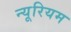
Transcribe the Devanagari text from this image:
न्यूरियम